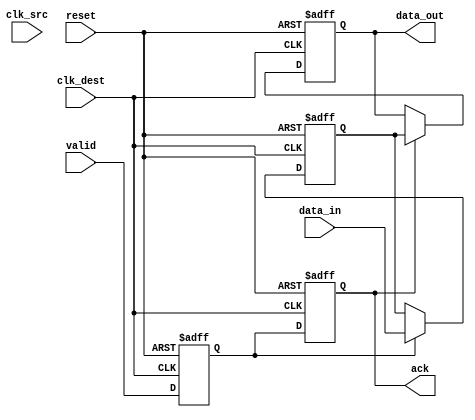
module handshake_synchronizer #(
    parameter DATA_WIDTH = 8 // Parameter for data width
)(
    input wire clk_src,        // Source clock
    input wire clk_dest,       // Destination clock
    input wire reset,          // Asynchronous reset
    input wire [DATA_WIDTH-1:0] data_in, // Data input from source clock domain
    input wire valid,          // Valid signal from source clock domain
    output reg [DATA_WIDTH-1:0] data_out, // Synchronized data output to destination clock domain
    output reg ack             // Acknowledgment signal to source clock domain
);

    // Internal signals for synchronization
    reg valid_sync_1, valid_sync_2; // Synchronization registers for valid signal
    reg [DATA_WIDTH-1:0] data_buffer; // Buffer for data

    // Synchronization logic for valid signal
    always @(posedge clk_dest or posedge reset) begin
        if (reset) begin
            valid_sync_1 <= 1'b0;
            valid_sync_2 <= 1'b0;
            ack <= 1'b0;
        end else begin
            valid_sync_1 <= valid_sync_2; // First stage of synchronization
            valid_sync_2 <= valid;         // Second stage of synchronization
            ack <= valid_sync_2;           // Acknowledge when valid is stable
        end
    end

    // Data transfer logic
    always @(posedge clk_dest or posedge reset) begin
        if (reset) begin
            data_out <= {DATA_WIDTH{1'b0}}; // Clear data output on reset
            data_buffer <= {DATA_WIDTH{1'b0}}; // Clear data buffer on reset
        end else begin
            if (valid_sync_2) begin
                data_buffer <= data_in; // Store incoming data when valid is high
            end
            if (ack) begin
                data_out <= data_buffer; // Transfer data to output when ack is high
            end
        end
    end

endmodule